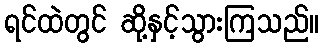
ရင်ထဲတွင် ဆို့နှင့်သွားကြသည်။